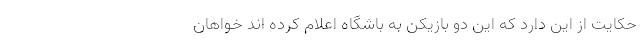
حکایت از این دارد که این دو بازیکن به باشگاه اعلام کرده اند خواهان